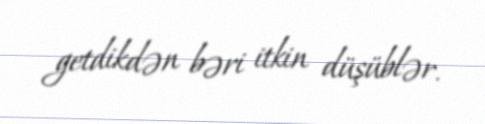
getdikdən bəri itkin düşüblər.